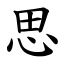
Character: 思